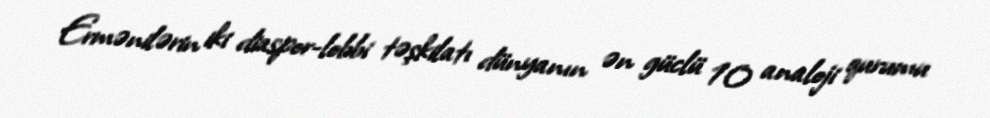
Ermənilərin iki diaspor-lobbi təşkilatı dünyanın ən güclü 10 analoji qurumu